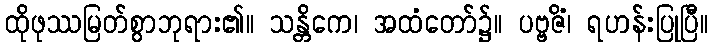
ထိုဖုဿမြတ်စွာဘုရား၏။ သန္တိကေ၊ အထံတော်၌။ ပဗ္ဗဇိံ၊ ရဟန်းပြုပြီ။